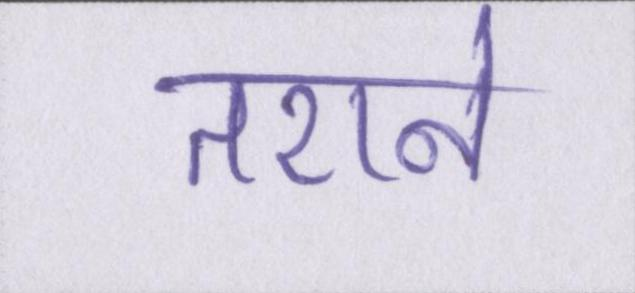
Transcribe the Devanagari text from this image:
तराने